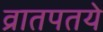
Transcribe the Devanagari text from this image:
व्रातपतये